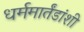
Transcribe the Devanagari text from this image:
धर्ममार्तंडांशी